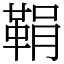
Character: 鞙